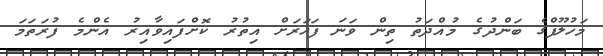
މަހުލޫފްގެ ބަންދުގެ މުއްދަތު ތިން ވަނަ ފަހަރަށް އިތުރު ކޮށްފައިވާއިރު އެންމެ ފުރަތަމަ